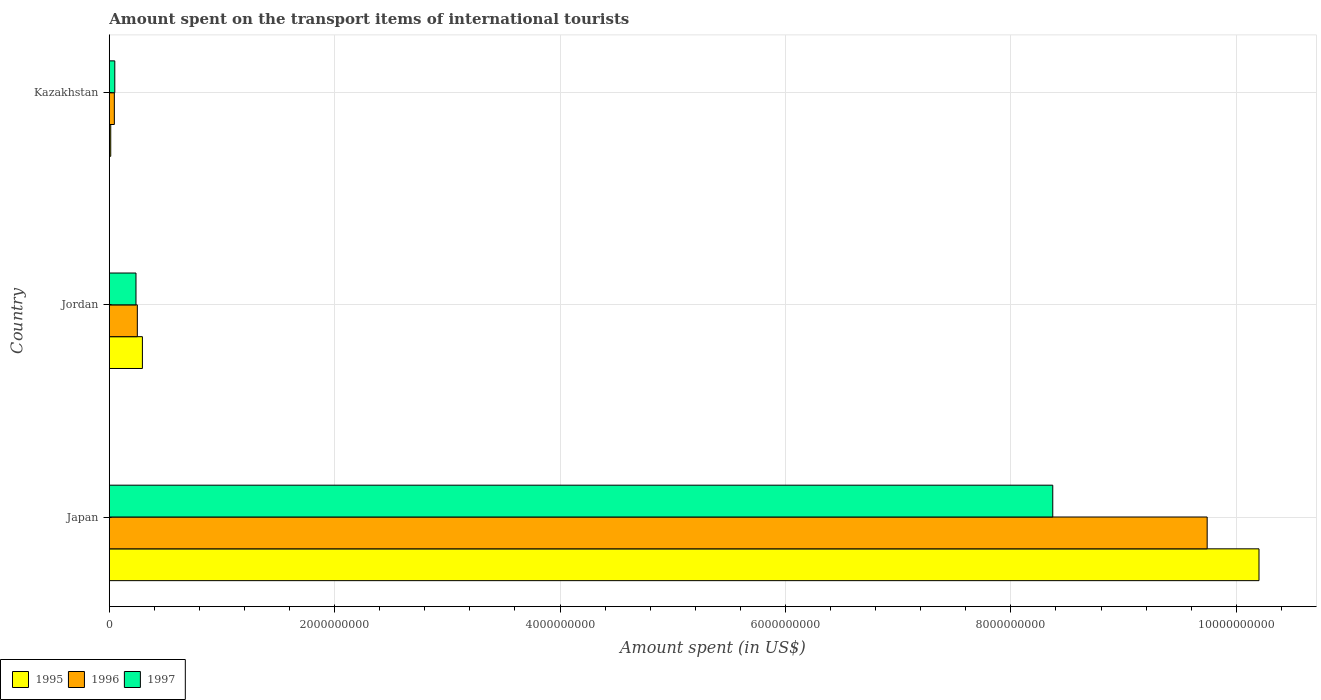
| Country | 1995 | 1996 | 1997 |
 | --- | --- | --- | --- |
 | Japan | 1.02e+10 | 9.74e+09 | 8.37e+09 |
 | Jordan | 2.94e+08 | 2.49e+08 | 2.37e+08 |
 | Kazakhstan | 1.3e+07 | 4.5e+07 | 4.9e+07 |